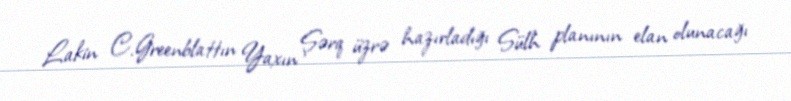
Lakin C.Greenblattın Yaxın Şərq üzrə hazırladığı Sülh planının elan olunacağı